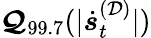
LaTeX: \boldsymbol{\mathcal{Q}}_{99.7}(|\dot{{\boldsymbol{s}}}_{t}^{(\mathcal{{D}})}|)